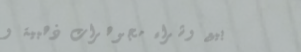
بيع وشراء مجوهرات ذهبية و